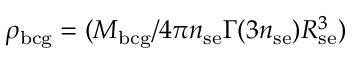
\rho _ { \mathrm { b c g } } = ( M _ { \mathrm { b c g } } / 4 \pi n _ { \mathrm { s e } } \Gamma ( 3 n _ { \mathrm { s e } } ) R _ { \mathrm { s e } } ^ { 3 } )